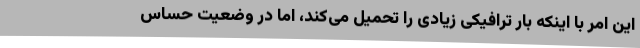
این امر با اینکه بار ترافیکی زیادی را تحمیل می‌کند، اما در وضعیت حساس